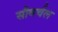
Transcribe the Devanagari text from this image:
सौवर्चल